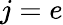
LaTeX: j=e